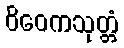
ဝိဝေကသုတ္တံ